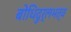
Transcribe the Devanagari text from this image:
बोधिदुर्लभत्व